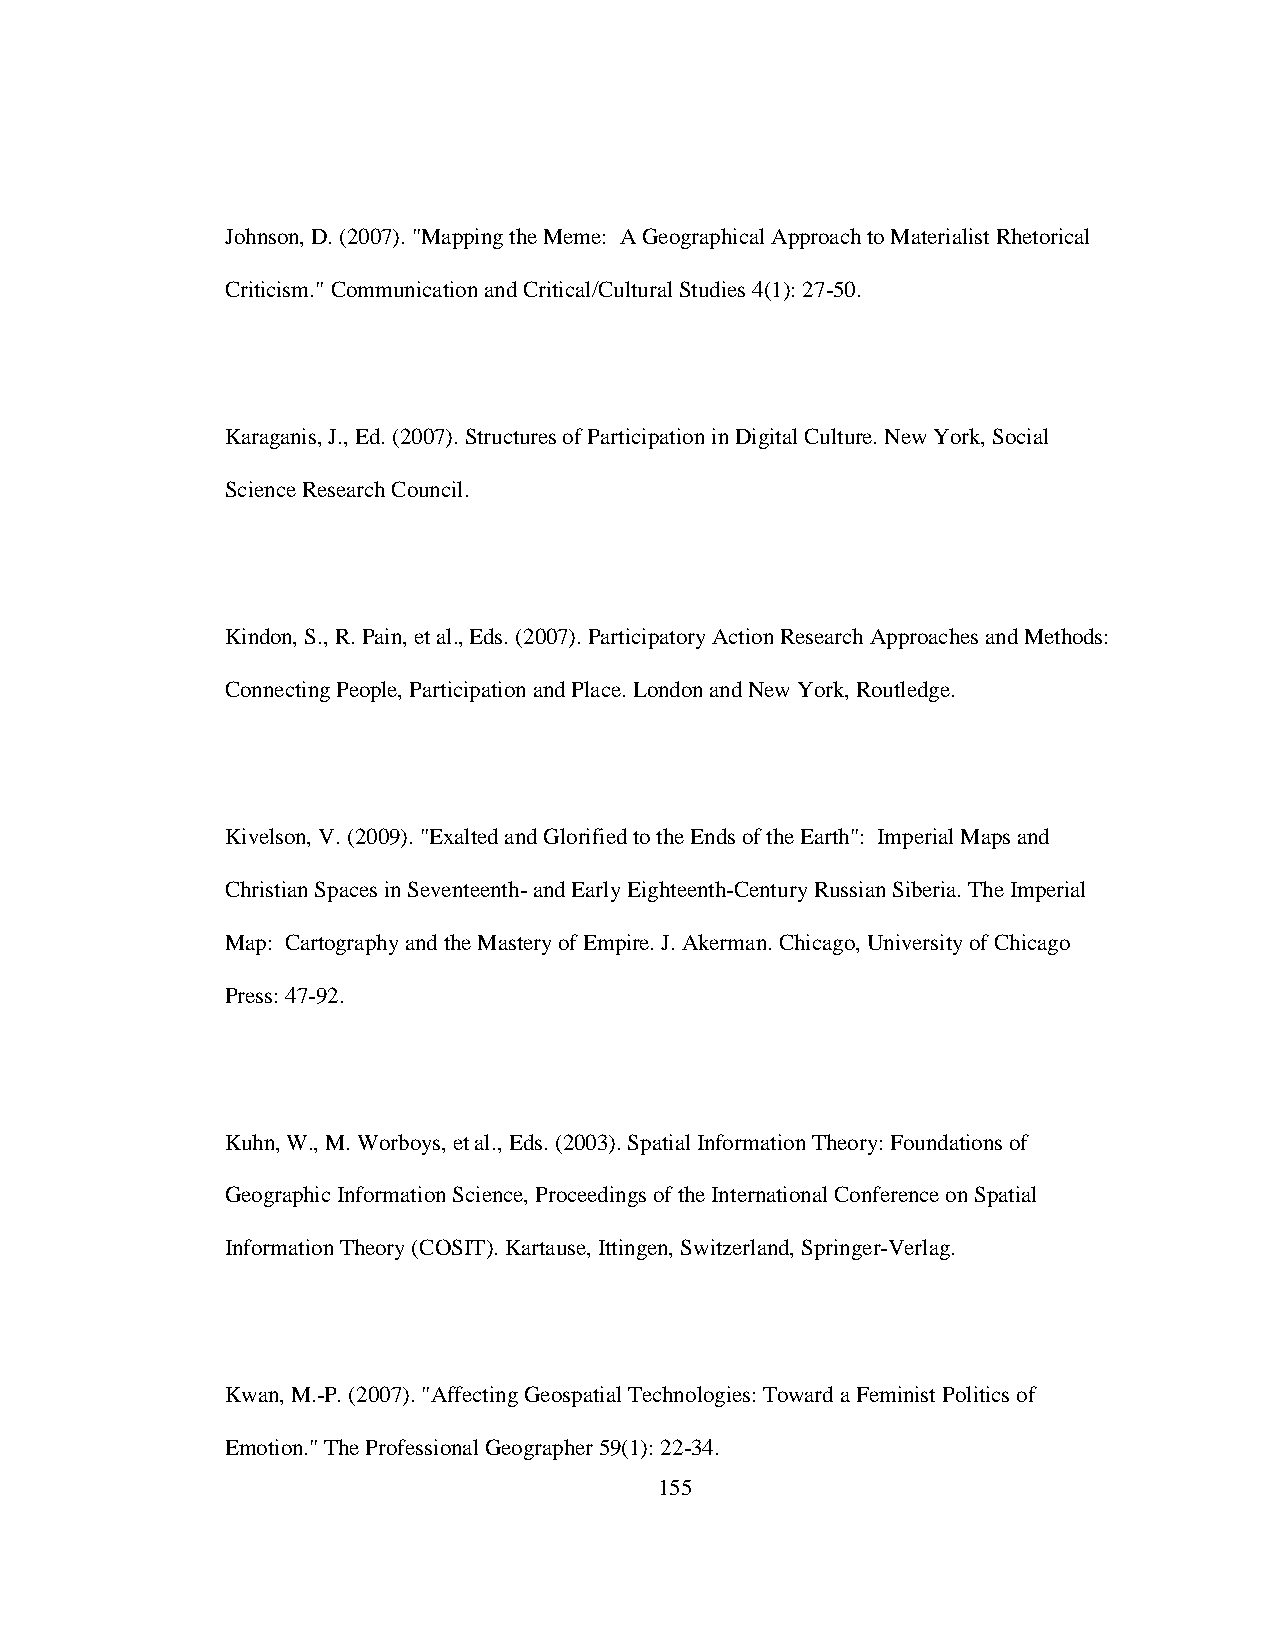
Johnson, D. (2007). "Mapping the Meme: A Geographical Approach to Materialist Rhetorical
 Criticism." Communication and Critical/Cultural Studies 4(1): 27-50.
 Karaganis, J., Ed. (2007). Structures of Participation in Digital Culture. New York, Social
 Science Research Council.
 Kindon, S., R. Pain, et al., Eds. (2007). Participatory Action Research Approaches and Methods:
 Connecting People, Participation and Place. London and New York, Routledge.
 Kivelson, V. (2009). "Exalted and Glorified to the Ends of the Earth": Imperial Maps and
 Christian Spaces in Seventeenth- and Early Eighteenth-Century Russian Siberia. The Imperial
 Map: Cartography and the Mastery of Empire. J. Akerman. Chicago, University of Chicago
 Press: 47-92.
 Kuhn, W., M. Worboys, et al., Eds. (2003). Spatial Information Theory: Foundations of
 Geographic Information Science, Proceedings of the International Conference on Spatial
 Information Theory (COSIT). Kartause, Ittingen, Switzerland, Springer-Verlag.
 Kwan, M.-P. (2007). "Affecting Geospatial Technologies: Toward a Feminist Politics of
 Emotion." The Professional Geographer 59(1): 22-34.
 155